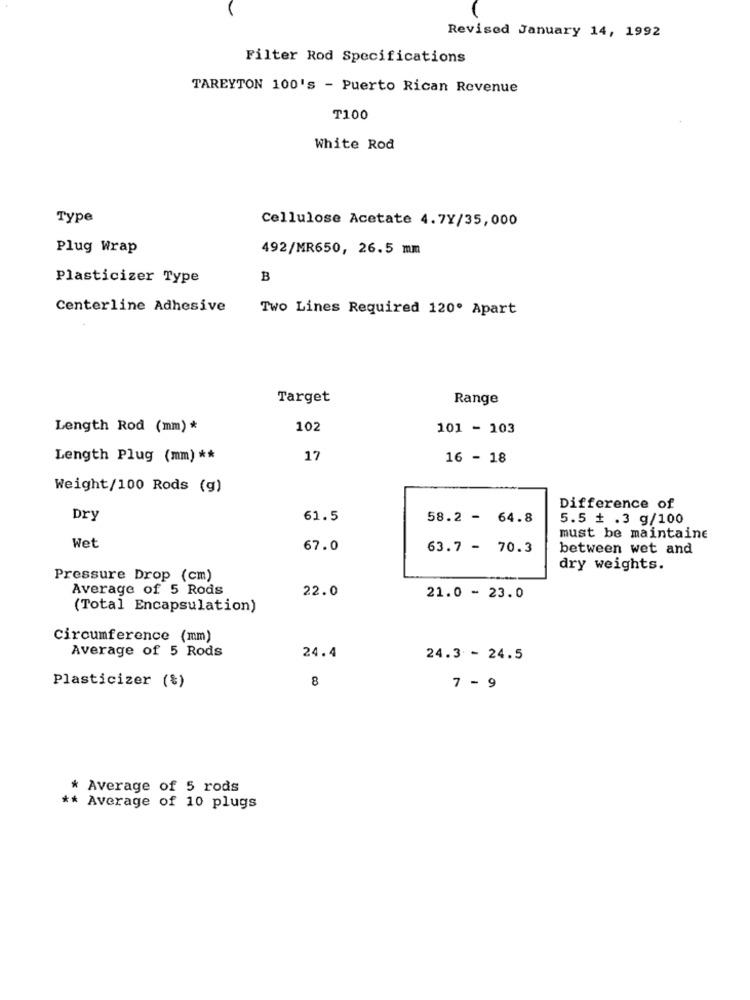
Revised January 14, 1992
Filter Rod Specifications
TAREYTON 100's - Puerto Rican Revenue
T100
White Rod
Type
Cellulose Acetate 4.7Y/35,000
Plug Wrap
492/MR650, 26.5 mm
Plasticizer Type
B
Centerline Adhesive
Two Lines Required 120º Apart
Target
Range
Length Rod (mm) *
102
101 - 103
Length Plug (mm) **
17
16 - 18
Weight/100 Rods (g)
Difference of
Dry
61.5
58.2 - 64.8
5.5 + .3 g/100
Wet
must be maintaine
67.0
63.7 - 70.3
between wet and
dry weights.
Pressure Drop (cm)
Average of 5 Rods
22.0
21.0 - 23.0
(Total Encapsulation)
Circumference (mm)
Average of 5 Rods
24.4
24.3 - 24.5
Plasticizer (&)
8
7 - 9
* Average of 5 rods
** Average of 10 plugs